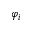
\varphi _ { i }